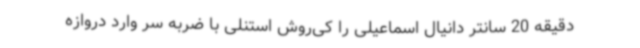
دقیقه 20 سانتر دانیال اسماعیلی را کی‌روش استنلی با ضربه سر وارد دروازه